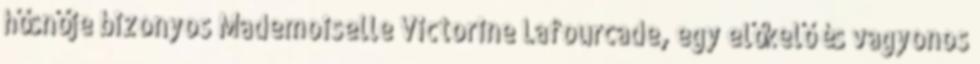
hősnője bizonyos Mademoiselle Victorine Lafourcade, egy előkelő és vagyonos